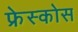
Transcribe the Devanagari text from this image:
फ्रेस्कोस